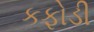
કફોડી